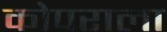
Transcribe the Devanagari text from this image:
कोपराला